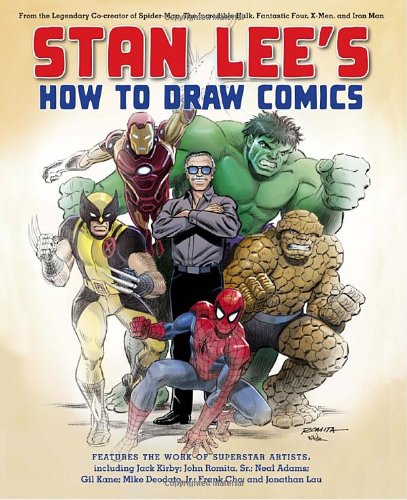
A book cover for Stan Lee's How to Draw Comics: From the Legendary Creator of Spider-Man, The Incredible Hulk, Fantastic Four, X-Men, and Iron Man; Stan Lee; Comics & Graphic Novels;